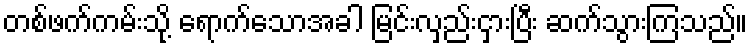
တစ်ဖက်ကမ်းသို့ ရောက်သောအခါ မြင်းလှည်းငှားပြီး ဆက်သွားကြသည်။